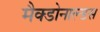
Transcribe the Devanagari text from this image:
मैक्डोनाल्डस